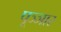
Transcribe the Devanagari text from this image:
पूञ्ञार